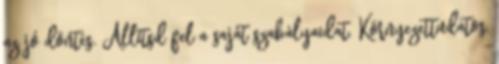
az jó döntés. Állítsd fel a saját szabályaidat. Környezettudatos,